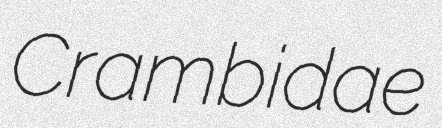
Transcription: Crambidae